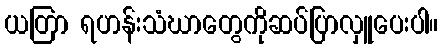
ယတြာ ရဟန်းသံဃာတွေကိုဆပ်ပြာလှူပေးပါ။